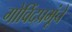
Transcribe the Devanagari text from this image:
गोविंदप्रभूंचे